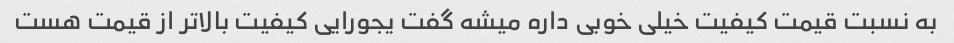
به نسبت قیمت کیفیت خیلی خوبی داره میشه گفت یجورایی کیفیت بالاتر از قیمت هست